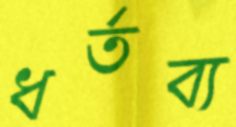
ধর্তব্য